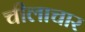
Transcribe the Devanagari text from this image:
चीलाचार